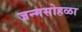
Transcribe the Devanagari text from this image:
जन्मसोहळा